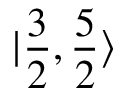
| \frac { 3 } { 2 } , \frac { 5 } { 2 } \rangle